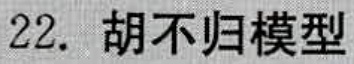
22. 胡不归模型